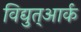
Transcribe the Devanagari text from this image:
विद्युत्आर्क